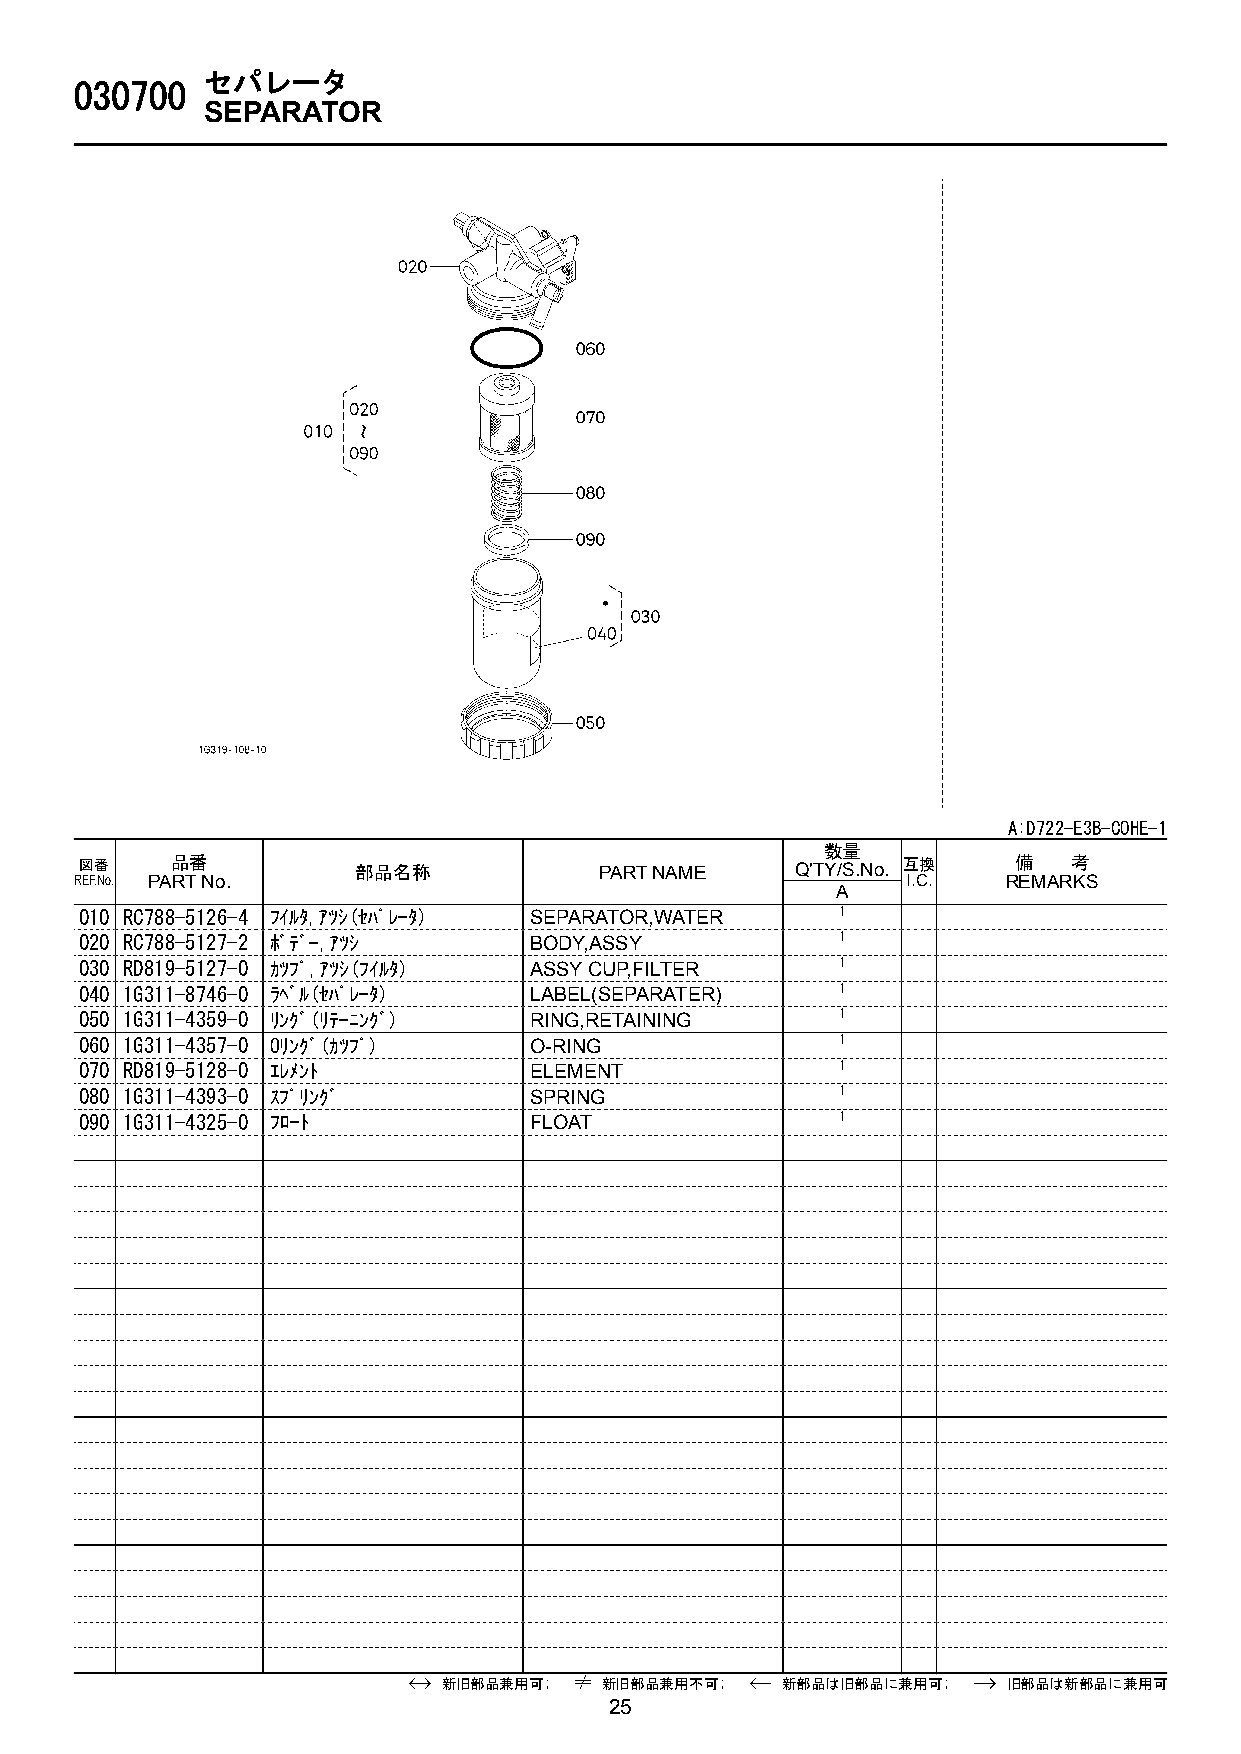
セパレータ
 030700
 SEPARATOR
 A:D722-E3B-COHE-1
 数量
 図番    品番           部品名称            PART NAME    Q'TY/S.No. 互換 備   考
 REF.No. PART No.                                       I.C.   REMARKS
 A
 010 RC788-5126-4 ﾌｲﾙﾀ,ｱﾂｼ(ｾﾊﾟﾚ-ﾀ) SEPARATOR,WATER  1
 020 RC788-5127-2 ﾎﾞﾃﾞ-,ｱﾂｼ    BODY,ASSY            1
 030 RD819-5127-0 ｶﾂﾌﾟ,ｱﾂｼ(ﾌｲﾙﾀ) ASSY CUP,FILTER    1
 040 1G311-8746-0 ﾗﾍﾞﾙ(ｾﾊﾟﾚ-ﾀ) LABEL(SEPARATER)     1
 050 1G311-4359-0 ﾘﾝｸﾞ(ﾘﾃ-ﾆﾝｸﾞ) RING,RETAINING      1
 060 1G311-4357-0 Oﾘﾝｸﾞ(ｶﾂﾌﾟ)  O-RING               1
 070 RD819-5128-0 ｴﾚﾒﾝﾄ        ELEMENT              1
 080 1G311-4393-0 ｽﾌﾟﾘﾝｸﾞ      SPRING               1
 090 1G311-4325-0 ﾌﾛ-ﾄ         FLOAT                1
 新旧部品兼用可;   新旧部品兼用不可;   新部品は旧部品に兼用可;   旧部品は新部品に兼用可
 25